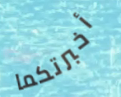
أخبرتكما